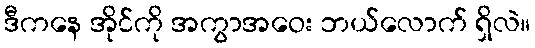
ဒီကနေ အိုင်ကို အကွာအဝေး ဘယ်လောက် ရှိလဲ။